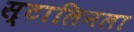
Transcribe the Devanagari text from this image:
स्टालिनला